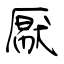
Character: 厭